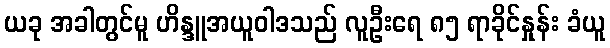
ယခု အခါတွင်မူ ဟိန္ဒူအယူဝါဒသည် လူဦးရေ ၈၅ ရာခိုင်နှုန်း ခံယူ